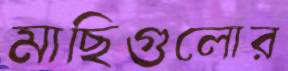
মাছিগুলোর